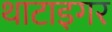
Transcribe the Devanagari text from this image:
थाटाइगर